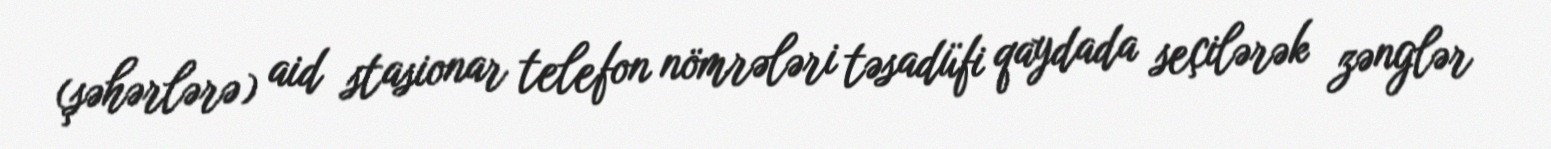
(şəhərlərə) aid stasionar telefon nömrələri təsadüfi qaydada seçilərək zənglər